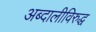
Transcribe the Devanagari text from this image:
अब्दालीविरुद्ध